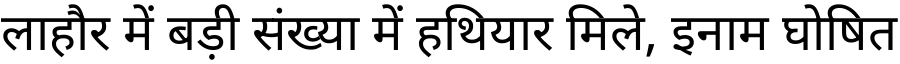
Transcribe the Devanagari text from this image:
लाहौर में बड़ी संख्या में हथियार मिले, इनाम घोषित